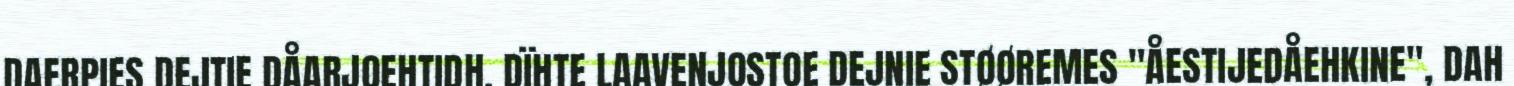
DAERPIES DEJTIE DÅARJOEHTIDH. DÏHTE LAAVENJOSTOE DEJNIE STØØREMES "ÅESTIJEDÅEHKINE", DAH